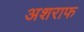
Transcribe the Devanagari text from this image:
अशराफ